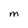
Character: M